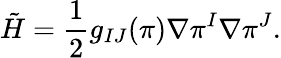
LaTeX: \tilde{H}={\frac{1}{2}}g_{IJ}(\pi)\nabla\pi^{I}\nabla\pi^{J}.